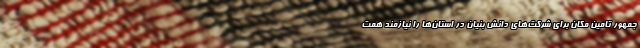
جمهور تامین مکان برای شرکت‌های دانش بنیان در استان‌ها را نیازمند همت